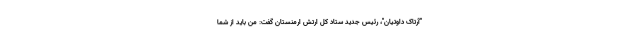
"آرتاک داوتیان"، رئیس جدید ستاد کل ارتش ارمنستان گفت: من باید از شما